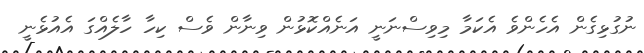
ނުގުޅިގެން އެހެންވެ އެކަމާ މިވިސްނަނީ އަނެއްކޮޅުން ވިނާން ވެސް ކިހާ ހާލެއްގަ އެއުޅެނީ